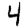
Digit: 4